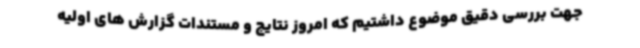
جهت بررسی دقیق موضوع داشتیم که امروز نتایج و مستندات گزارش های اولیه